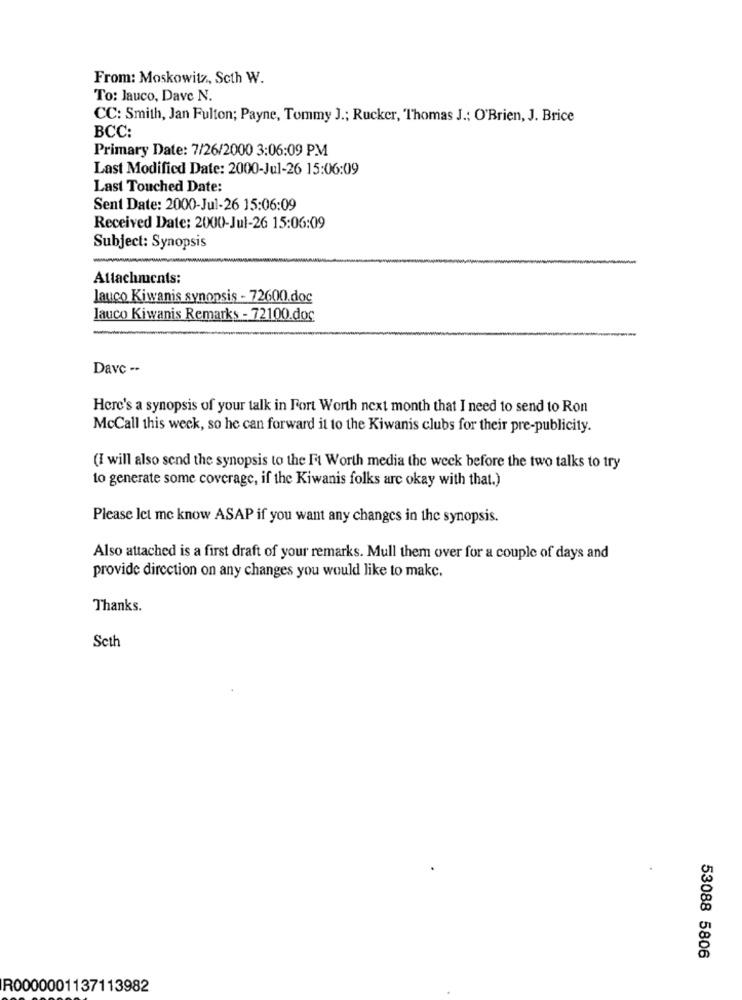
From: Moskowitz, Scth W.
To: Jauco, Dave N.
CC: Smith, Jan Fulton; Payne, Tommy J .; Rucker, Thomas J .; O'Brien, J. Brice
BCC:
Primary Date: 7/26/2000 3:06:09 PM
Last Modified Date: 2000-Jul-26 15:06:09
Last Touched Date:
Sent Date: 2000-Jul-26 15:06:09
Received Date: 2000-Jul-26 15:06:09
Subject: Synopsis
Attachments:
lauco Kiwanis synopsis - 72600.doc
lauco Kiwanis Remarks - 72100.doc
Davc --
Here's a synopsis of your talk in Fort Worth next month that I need to send to Ron
McCall this week, so he can forward it to the Kiwanis clubs for their pre-publicity.
(I will also send the synopsis to the Ft Worth media the week before the two talks to try
to generate some coverage, if the Kiwanis folks arc okay with that.)
Please let me know ASAP if you want any changes in the synopsis.
Also attached is a first draft of your remarks. Mull them over for a couple of days and
provide direction on any changes you would like to makc.
Thanks.
Seth
53088 5806
R0000001137113982